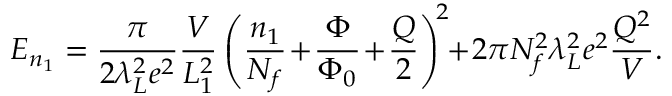
E _ { n _ { 1 } } = \frac { \pi } { 2 \lambda _ { L } ^ { 2 } e ^ { 2 } } \frac { V } { L _ { 1 } ^ { 2 } } \left( \frac { n _ { 1 } } { N _ { f } } \! + \! \frac { \Phi } { \Phi _ { 0 } } \! + \! \frac { Q } { 2 } \right) ^ { \! 2 } \! \! + \! 2 \pi N _ { f } ^ { 2 } \lambda _ { L } ^ { 2 } e ^ { 2 } \frac { Q ^ { 2 } } { V } .